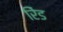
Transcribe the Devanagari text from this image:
रेिड